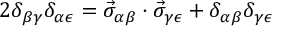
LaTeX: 2 \delta _ { \beta \gamma } \delta _ { \alpha \epsilon } = \vec { \sigma } _ { \alpha \beta } \cdot \vec { \sigma } _ { \gamma \epsilon } + \delta _ { \alpha \beta } \delta _ { \gamma \epsilon }